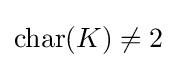
\operatorname {char} (K)\neq 2